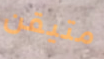
متيقن